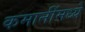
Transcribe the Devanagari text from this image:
कमानींमध्ये